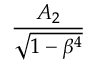
\frac { A _ { 2 } } { \sqrt { 1 - \beta ^ { 4 } } }